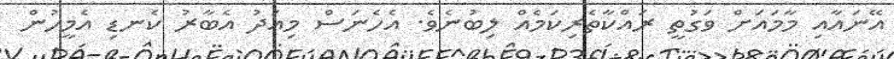
އޭނައާއި މާމައަށް ވަގުތީ ރައްކާތެރިކަމެއް ލިބުނެވެ. އެހެނަސް މިއަދު އެބާރު ކެނޑި އެމީހުން